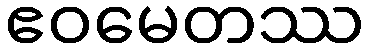
ဧဝမေတဿ